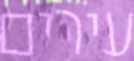
עירים